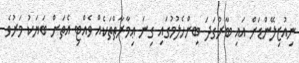
ނިއުޒިލޭންޑަށް އައި ބާރުގަދަ ބިންހެލުމުގައި ގިނަ ޢިމާރާތްތަކެއް ވެއްޓި އެތަށް ބަޔަކު މަރުވެ